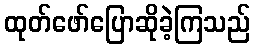
ထုတ်ဖော်ပြောဆိုခဲ့ကြသည်